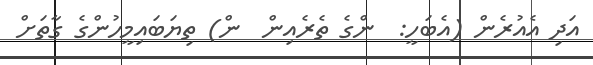
އަދި އެއުރެން (އެބަހީ:  ންގެ ތެރެއިން  ން) ތިޔަބައިމީހުންގެ ގާތަށް